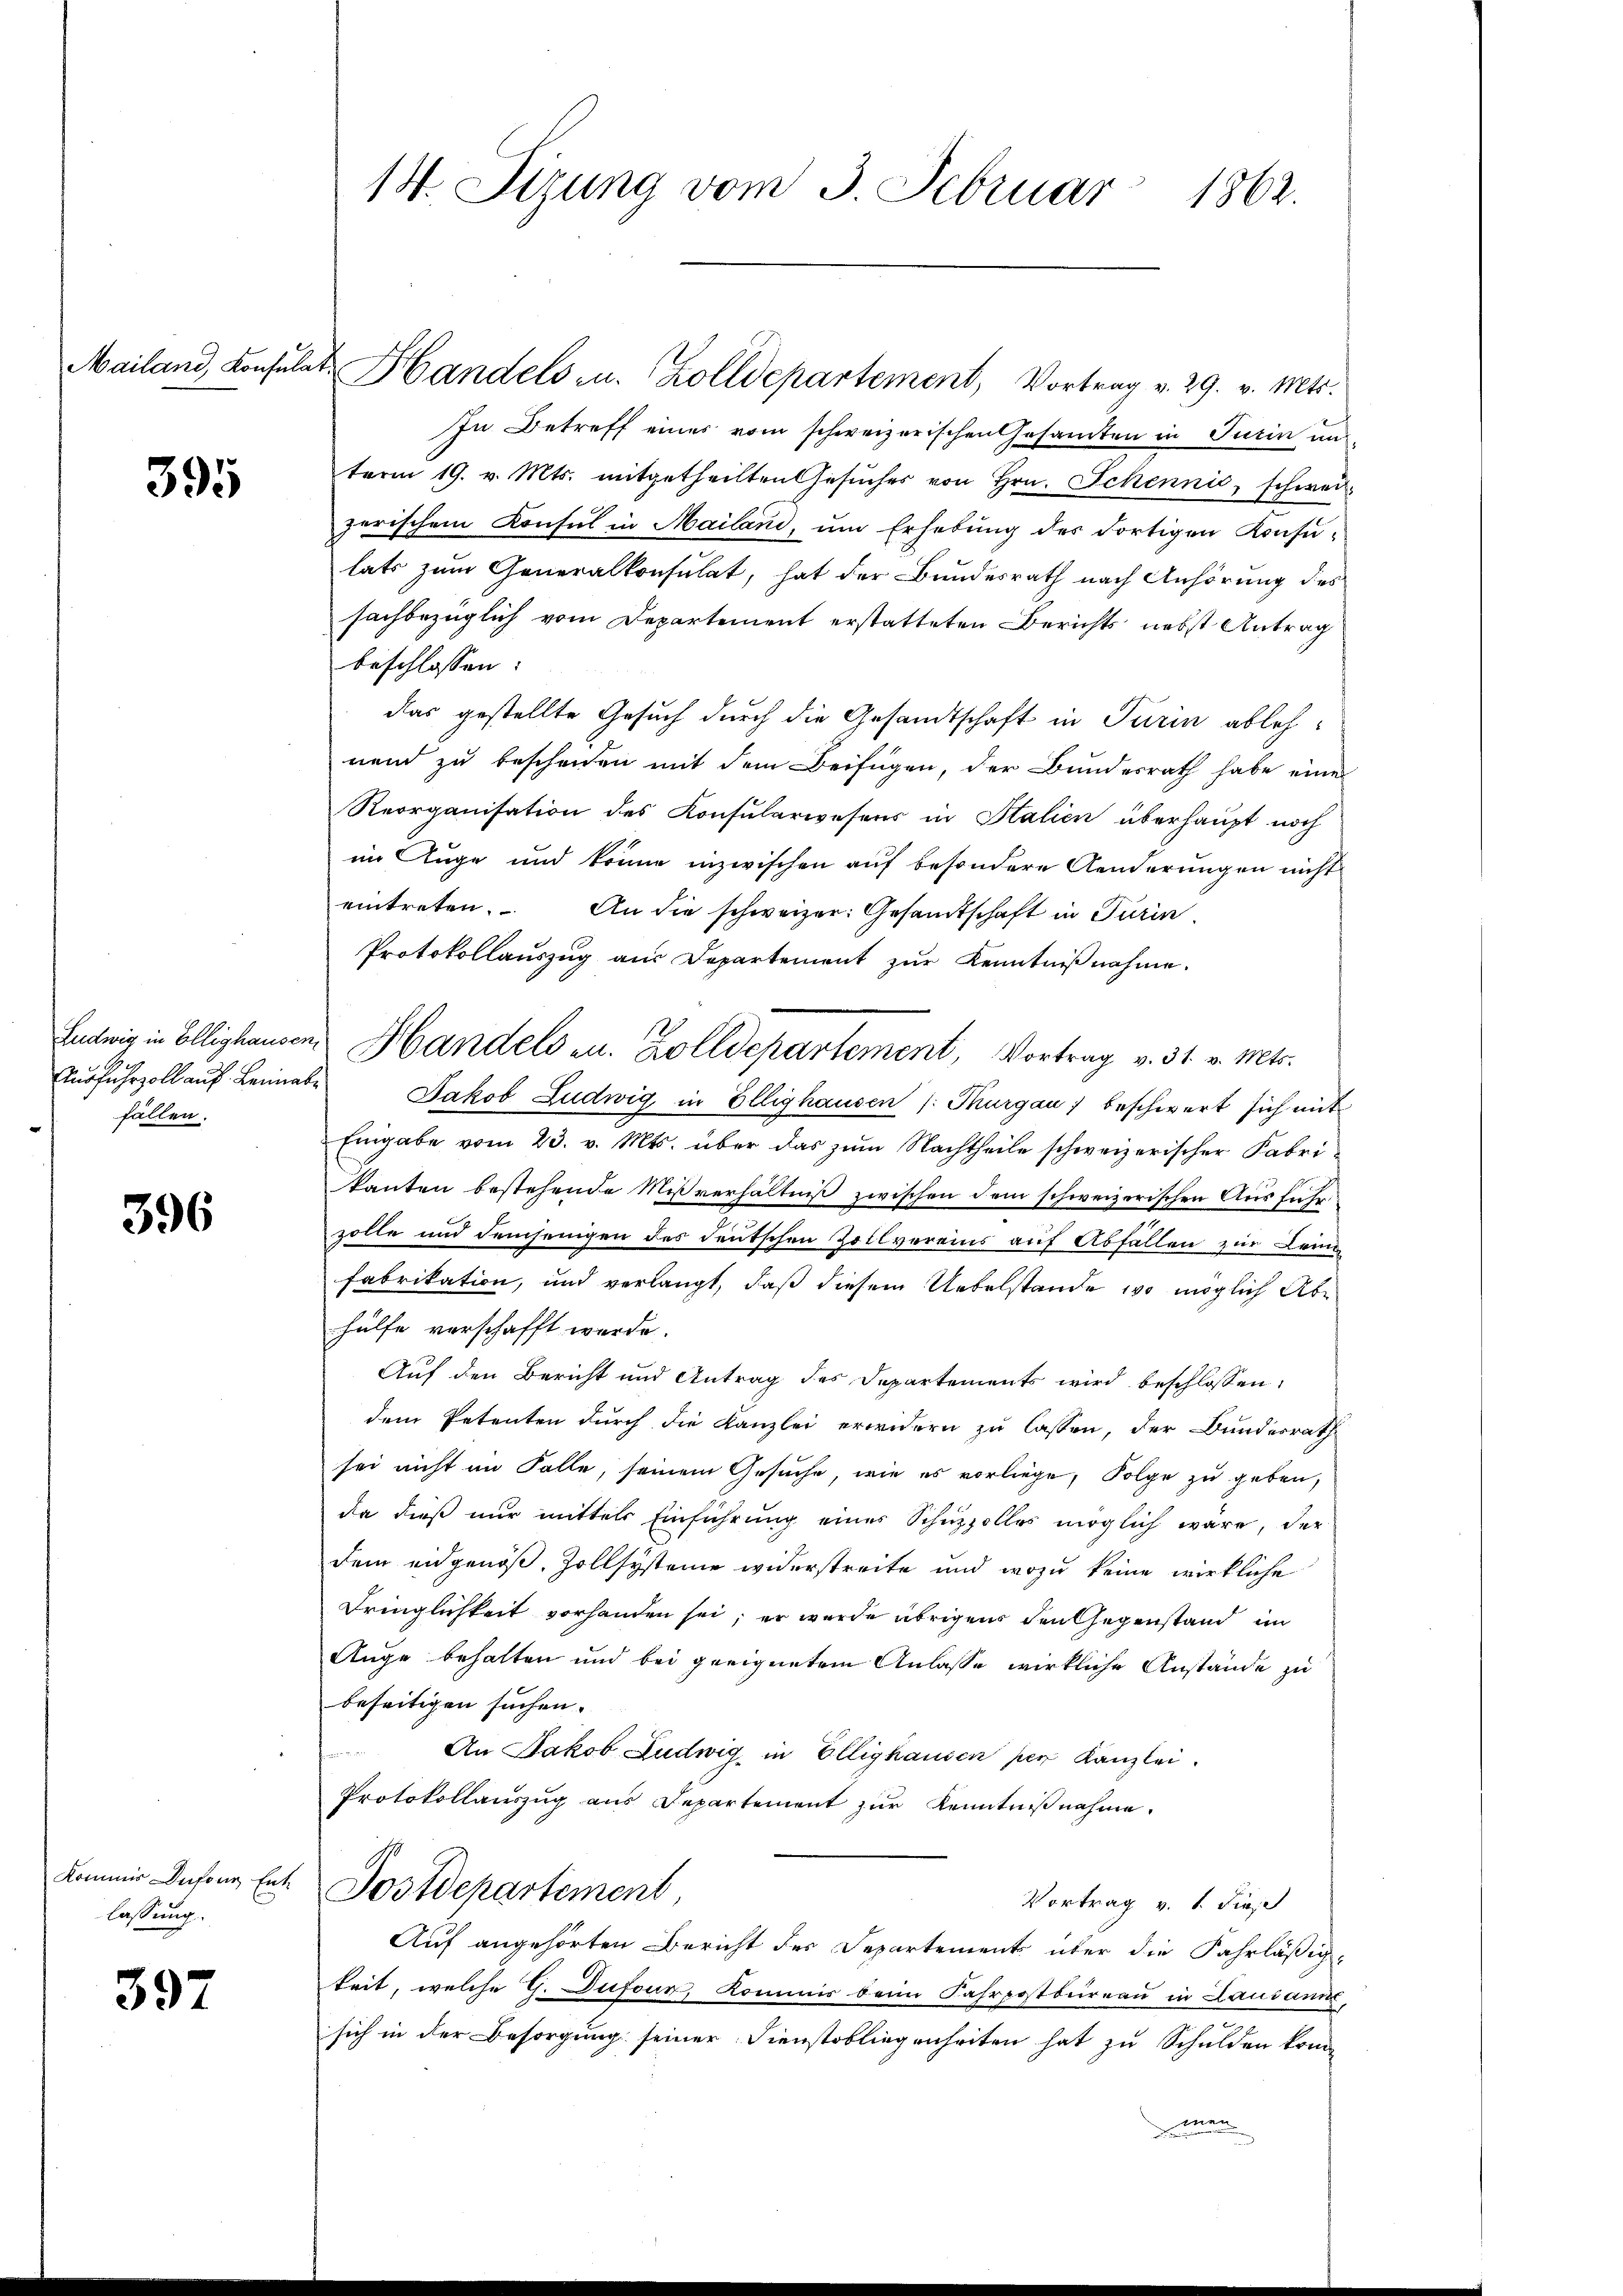
Mailand, Konsulat

395

A
Ausfuhrzoll auf Leinabfällen.

396

kommer Inforn Entlassung.

397

18. Sizung vom 3. Februar 1862.

Handels- u. Zolldepartement, Vortrag v. 29. v. Mts.
In Betreff eines vom schweizerischen Gesamten in Turin ans
term 19. v. Mts. mitgetheilten Gesŭches von Hrn. Schennić, schweizerischem Konsul in Mailand, um Erhebung des dortigen Konsu-
lats zum Generalkonsulat, hat der Bundesrath nach Anhörung des
sachbezüglich vom Departement erstatteten Berichts nebst Antrag
beschlossen:
das gestellte Gesuch durch die Gesandtschaft in Turin ablehnend zu bescheiden mit dem Beifügen, der Bundesrath habe eine
Reorganisation des Konsularwesens in Stalien überhaupt noch
im Auge und könne inzwischen auf besondere Aenderungen nicht
eintreten. An die schweizer: Gesandtschaft in Turin
Protokollauszug aus Departement zur Kenntnißnahme.
Jakob Ludwig in Ellighausen /: Thurgau beschwert sich mit
Eingabe vom 23. v. Mts. über das zum Nachtheile schweizerischer Fabri¬
Tanten bestehende Mißverhältniß zwischen dem schweizerischen Ausführ
zolle und demjenigen des deutschen Zollvereins auf Abfallen zur Lei
fabrikation, und verlangt, daß diesem Uebelstande wo möglich Abhülfe verschafft werde.
Auf den Bericht und Antrag des Departements wird beschlossen,
dem Petenten durch die Kanzlei erwidern zu lassen, der Bundesrath
sei nicht im Falle, seinem Gesuche, wie es vorliege, Folge zu geben,
da dieß nur mittels Einführung eines Schüzzolles möglich wäre, der
dem eidgenöß, Zollsysteme widerstreite und wozu keine wirkliche
Dringlichkeit vorhanden sei; er wurde übrigens den Gegenstand im
Auge behalten und bei geeignetem Anlasse wirkliche Anstände zu
beseitigen suchen.
an
An Jakob Ludwig in Ellighausen per Kanzlei.
Protokollauszug aus Departement zur Kenntnißnahme.
Postdepartement,
Vortrag v. 1. dies
Auf angehörten Bericht des Departements über die Fahrläßigkeit, welche G. Dufour, Kommis beim Fahrpostbureau in Lausanne,
sich in der Besorgung seiner Dienstobliegenheiten hat zu Schulden kom-
man

Ludwig in Ellighausen Handelsen. Zolldepartement, Vortrag v. 31. v. Mts.